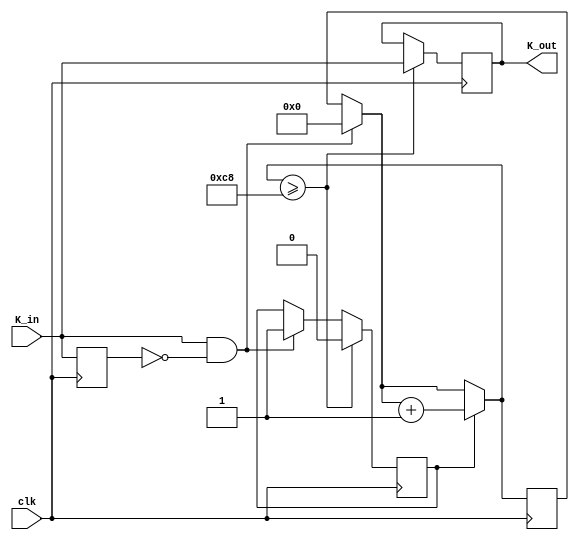
module dead_time (input clk, input K_in, output reg K_out);

reg [10:0] count;
reg old_k;
reg flag_delay;

initial begin
	K_out = 0;
	old_k = 0;
	count = 0;
	flag_delay = 0;
end

always @(posedge clk) begin
	
	if(K_in == 1 && old_k == 0) begin
		flag_delay <= 1;
		count = 0;
	end
		
	if(flag_delay == 1)
		count = count + 1;
	else begin end
		
	if(count >= 200) begin
		K_out <= K_in;
		flag_delay <= 0;
	end
	else begin end
		
	old_k <= K_in;
	
end
endmodule